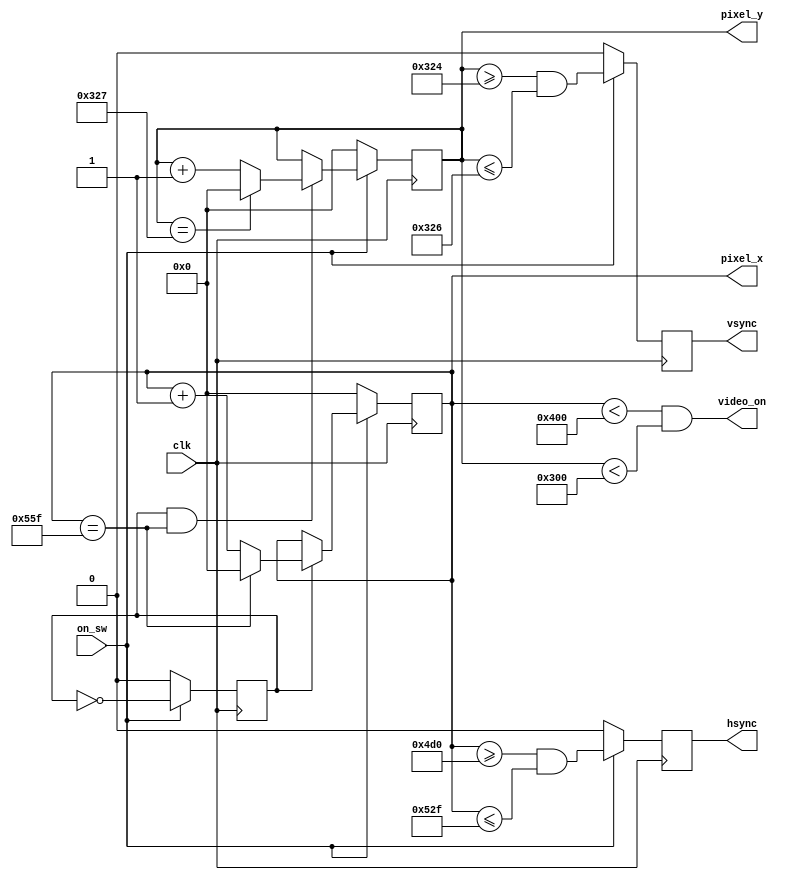
module vga_sync(input wire clk,
                input wire on_sw,
                output wire hsync, vsync, video_on,
                output wire [10:0] pixel_x, pixel_y
                );

    localparam HD = 1024;
    localparam HF = 48;
    localparam HB = 208; //208
    localparam HR = 96;
    localparam VD = 768;
    localparam VF = 1;
    localparam VB = 36; //36
    localparam VR = 3;
     
    wire p_tick; 
    
   // mod-2 counter
   reg mod2_reg;
   wire mod2_next;
   // sync counters
   reg [10:0] h_count_reg, h_count_next;
   reg [10:0] v_count_reg, v_count_next;
   // output buffer
   reg v_sync_reg, h_sync_reg;
   wire v_sync_next, h_sync_next;
   // status signal
   wire h_end, v_end, pixel_tick;

   // body
   // registers
   always @(posedge clk)
      if (!on_sw)
         begin
            mod2_reg <= 1'b0;
            v_count_reg <= 0;
            h_count_reg <= 0;
            v_sync_reg <= 1'b0;
            h_sync_reg <= 1'b0;
         end
      else
         begin
            mod2_reg <= mod2_next;
            v_count_reg <= v_count_next;
            h_count_reg <= h_count_next;
            v_sync_reg <= v_sync_next;
            h_sync_reg <= h_sync_next;
         end

   // mod-2 circuit to generate 25 MHz enable tick
   assign mod2_next = ~mod2_reg;
   assign pixel_tick = mod2_reg;

   // status signals
   // end of horizontal counter (799)
   assign h_end = (h_count_reg==(HD+HF+HB+HR-1));
   // end of vertical counter (524)
   assign v_end = (v_count_reg==(VD+VF+VB+VR-1));

   // next-state logic of mod-800 horizontal sync counter
   always @*
      if (pixel_tick)  // 25 MHz pulse
         if (h_end)
            h_count_next = 0;
         else
            h_count_next = h_count_reg + 1;
      else
         h_count_next = h_count_reg;

   // next-state logic of mod-525 vertical sync counter
   always @*
      if (pixel_tick & h_end)
         if (v_end)
            v_count_next = 0;
         else
            v_count_next = v_count_reg + 1;
      else
         v_count_next = v_count_reg;

   // horizontal and vertical sync, buffered to avoid glitch
   // h_sync_next asserted between 656 and 751
   assign h_sync_next = (h_count_reg>=(HD+HB) &&
                         h_count_reg<=(HD+HB+HR-1));
   // vh_sync_next asserted between 490 and 491
   assign v_sync_next = (v_count_reg>=(VD+VB) &&
                         v_count_reg<=(VD+VB+VR-1));

   // video on/off
   //assign video_on = (h_count_reg>HS) && (h_count_reg<HD+HS) && (v_count_reg>VS) && (v_count_reg<VD+VS);
   assign video_on = (h_count_reg<HD) && (v_count_reg<VD);

   // output
   assign hsync = h_sync_reg;
   assign vsync = v_sync_reg;
   assign pixel_x = h_count_reg;
   assign pixel_y = v_count_reg;
   assign p_tick = pixel_tick;

endmodule